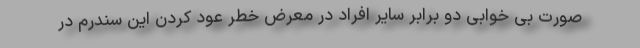
صورت بی خوابی دو برابر سایر افراد در معرض خطر عود کردن این سندرم در